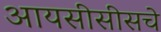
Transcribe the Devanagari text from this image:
आयसीसीसचे